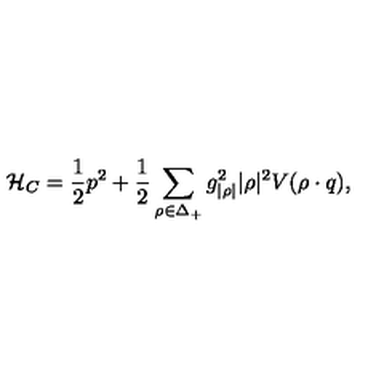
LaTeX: \mathcal { H } _ { C } = { \frac { 1 } { 2 } } p ^ { 2 } + { \frac { 1 } { 2 } } \sum _ { \rho \in \Delta _ { + } } { g _ { | \rho | } ^ { 2 } | \rho | ^ { 2 } } V ( \rho \cdot q ) ,